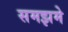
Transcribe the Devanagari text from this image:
समझमे